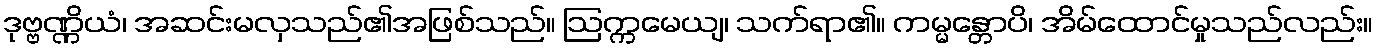
ဒုဗ္ဗဏ္ဏိယံ၊ အဆင်းမလှသည်၏အဖြစ်သည်။ ဩက္ကမေယျ၊ သက်ရာ၏။ ကမ္မန္တောပိ၊ အိမ်ထောင်မှုသည်လည်း။